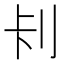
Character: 𭃏